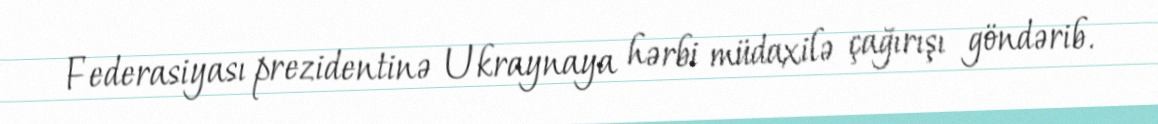
Federasiyası prezidentinə Ukraynaya hərbi müdaxilə çağırışı göndərib.